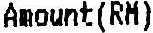
AMOUNT(RM)